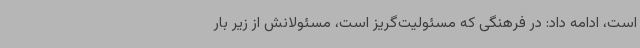
است، ادامه داد: در فرهنگی که مسئولیت‌گریز است، مسئولانش از زیر بار